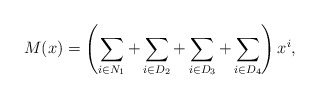
\begin{align*}M(x)=\left(\sum_{i\in N_1}+\sum_{i\in D_2}+\sum_{i\in D_3}+\sum_{i\in D_4}\right)x^i,\end{align*}